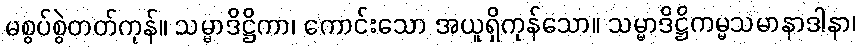
မစွပ်စွဲတတ်ကုန်။ သမ္မာဒိဋ္ဌိကာ၊ ကောင်းသော အယူရှိကုန်သော။ သမ္မာဒိဋ္ဌိကမ္မသမာနာဒါနာ၊